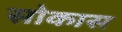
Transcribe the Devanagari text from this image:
सोकास